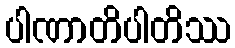
ပါဏာတိပါတိဿ